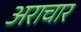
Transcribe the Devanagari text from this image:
अराचार